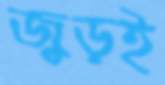
জুড়ই